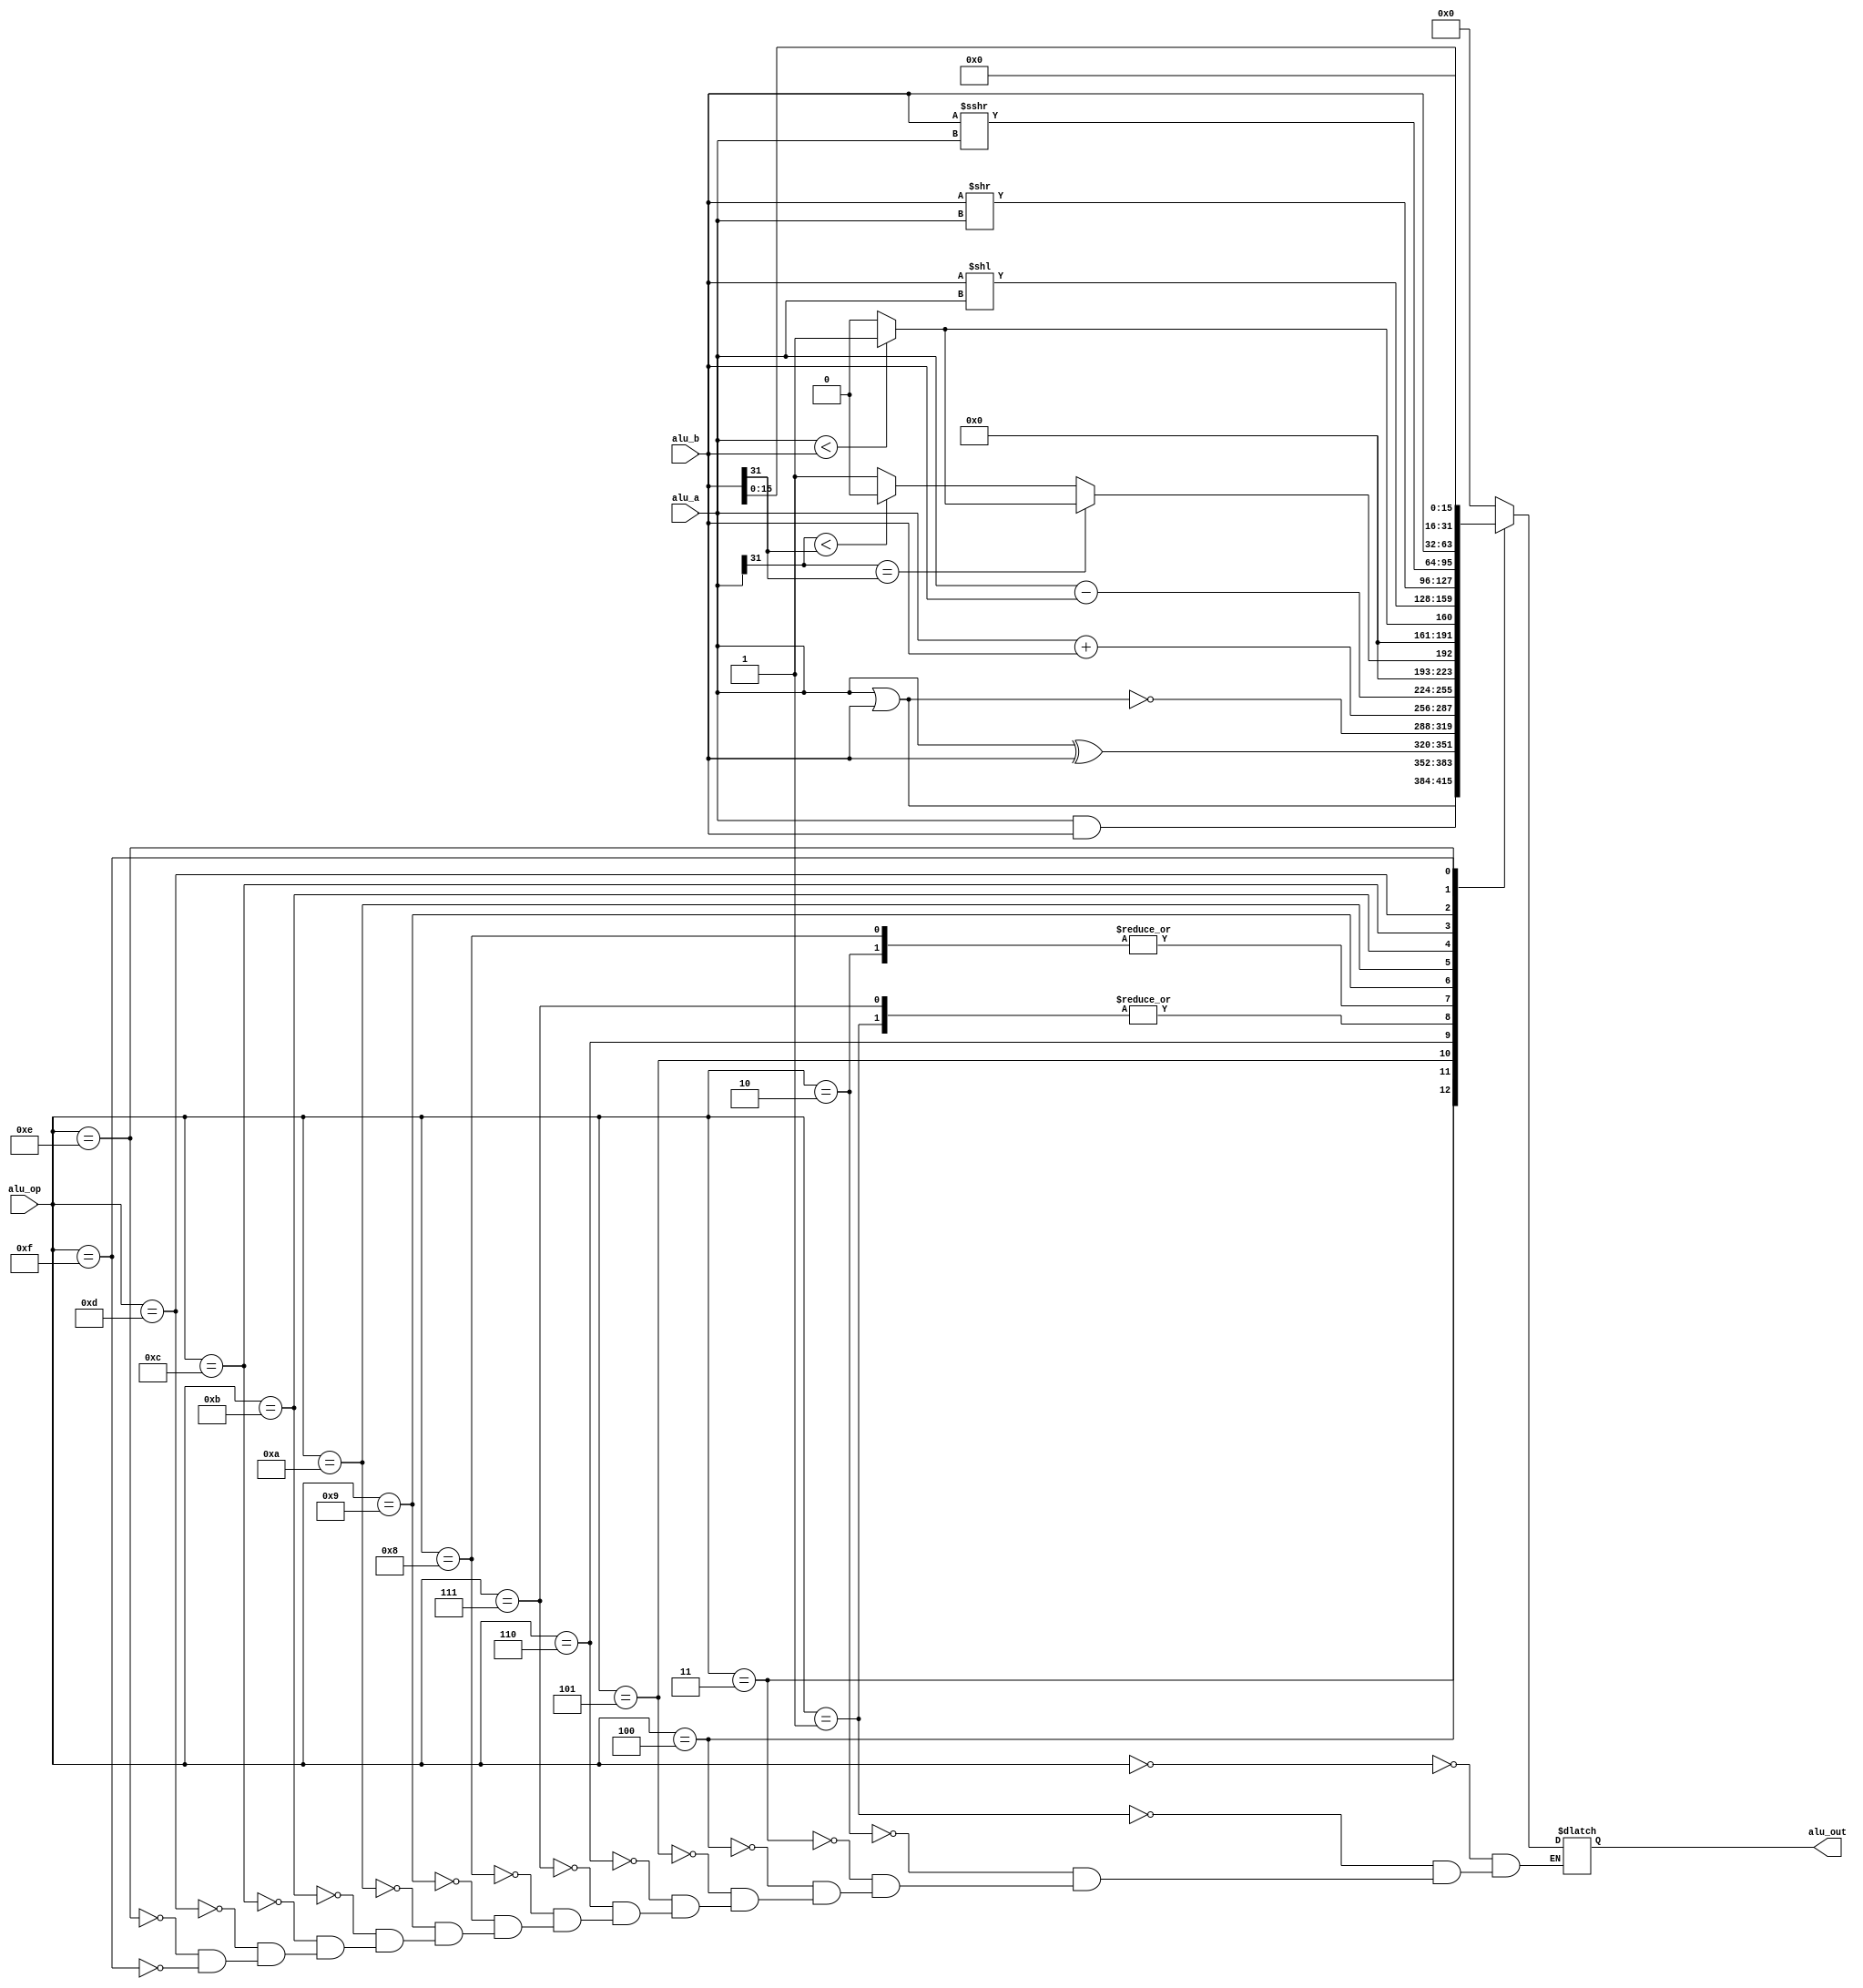
`timescale 1ns / 1ps
//////////////////////////////////////////////////////////////////////////////////
// Company: 
// Engineer: 
// 
// Design Name: 
// Module Name:    alu 
// Project Name: 
// Target Devices: 
// Tool versions: 
// Description: 
//
// Dependencies: 
//
// Revision: 
// Revision 0.01 - File Created
// Additional Comments: 
//
//////////////////////////////////////////////////////////////////////////////////
`define A_NOP 5'd00 //nop
`define A_ADD 5'd01 //signed_add
`define A_SUB 5'd02 //signed_sub
`define A_AND 5'd03 //and
`define A_OR  5'd04 //or
`define A_XOR 5'd05 //xor
`define A_NOR 5'd06 //nor
`define A_ADDU 5'd07 //unsigned_add
`define A_SUBU 5'd08 //unsigned_sub
`define A_SLT 5'd09 //slt
`define A_SLTU 5'd10 //unsigned_slt
`define A_SLL 5'd11 //sll
`define A_SRL 5'd12 //srl
`define A_SRA 5'd13 //sra
`define A_MOV 5'd14 //movz,movn
`define A_LUI 5'd15 //lui
//`define A_SLT2 5'd15 //slt2
module alu(
    input [31:0] alu_a,//
    input [31:0] alu_b,
    input [4:0] alu_op,
    output reg [31:0] alu_out
	 //output zero
	 //output sign
    );
	//assign zero = (alu_out == 32'b0)?1:0;
	//assign sign = (alu_a[31] == 0 && alu_a != 32'b0)?1:0;
	always@(*)
		case (alu_op)
			`A_NOP: alu_out = 0;
			`A_ADD: alu_out = alu_a + alu_b;
			`A_SUB: alu_out = alu_a - alu_b;
			`A_AND: alu_out = alu_a & alu_b;
			`A_OR : alu_out = alu_a | alu_b;
			`A_XOR: alu_out = alu_a ^ alu_b;
			`A_NOR: alu_out = ~(alu_a | alu_b);
			`A_ADDU: alu_out = alu_a + alu_b;
			`A_SUBU: alu_out = alu_a - alu_b;
			`A_SLT: //a<b(signed) return 1 else return 0;
				begin
					if(alu_a[31] == alu_b[31]) alu_out = (alu_a < alu_b) ? 32'b1 : 32'b0;
					//signed
					//3131
					else alu_out = (alu_a[31] < alu_b[31]) ? 32'b0 : 32'b1;//
				end
			/*`A_SLT://2$signed()
				alu_out = ($signed(alu_a) < $signed(alu_b)) ? 32'b1 : 32'b0;*/
			`A_SLTU: alu_out = (alu_a < alu_b) ? 32'b1 : 32'b0;
			`A_SLL: alu_out = alu_b << alu_a;
			`A_SRL: alu_out = alu_b >> alu_a;
			`A_SRA: alu_out = $signed(alu_b) >>> alu_a;
			//>>>>>>$signed
			`A_MOV: alu_out = alu_b;//reg[rt],movaluRType
			`A_LUI: alu_out = alu_b << 16;
			default: ;
		endcase
endmodule